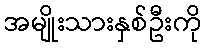
အမျိုးသားနှစ်ဦးကို